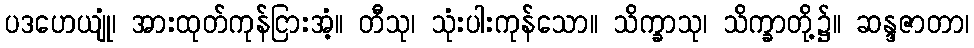
ပဒဟေယျုံ၊ အားထုတ်ကုန်ငြားအံ့။ တီသု၊ သုံးပါးကုန်သော။ သိက္ခာသု၊ သိက္ခာတို့၌။ ဆန္ဒဇာတာ၊